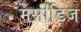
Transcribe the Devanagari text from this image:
मर्सीडिज